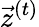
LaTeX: \vec{z}^{(t)}